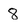
Character: 8